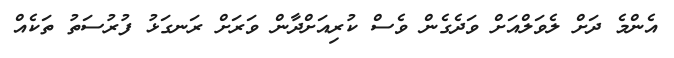
އެންމެ ދަށް ލެވަލްއަށް ވަދެގެން ވެސް ކުރިއަށްދާން ވަރަށް ރަނގަޅު ފުރުސަތު ތަކެއް